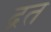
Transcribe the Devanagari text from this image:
द्रत